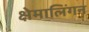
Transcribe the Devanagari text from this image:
क्षेमालिंगन